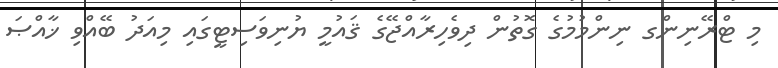
މި ޓްރޭނިންގ ނިންމުމުގެ ގޮތުން ދިވެހިރާއްޖޭގެ ޤައުމީ ޔުނިވަސިޓީގައި މިއަދު ބޭއްވި ޚާއްޞަ